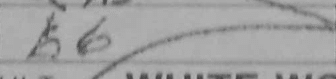
Transcription: h6